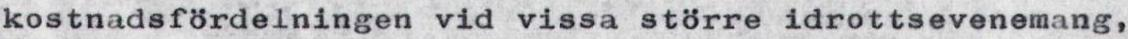
kostnadsfördelningen vid vissa större idrottsevenemang,